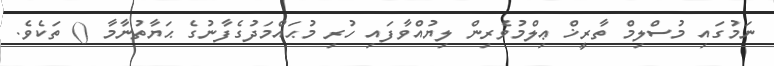
ނަމުގައި މުސްލިމް ތާރީޚް ޢިލްމުވެރިން ލިޔުއްވާފައި ހުރި މުޙައްމަދުގެފާނުގެ ޙަޔާތުނާމާ () ތަކެވެ.